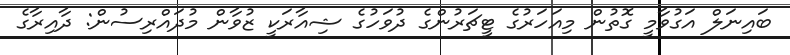
ބައިނަލް އަގުވާމީ ގޮތުން މިއަހަރުގެ ޓީޗަރުންގެ ދުވަހުގެ ޝިއާރަކީ ޒުވާން މުދައްރިސުން: ދާއިރާގެ